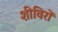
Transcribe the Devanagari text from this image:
शीविरों